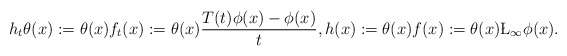
\begin{align*} h_t\theta(x):=\theta(x)f_t(x):=\theta(x)\frac{T(t)\phi(x)-\phi(x)}{t},h(x):=\theta(x)f(x):=\theta(x)\L_{\infty}\phi(x).\end{align*}